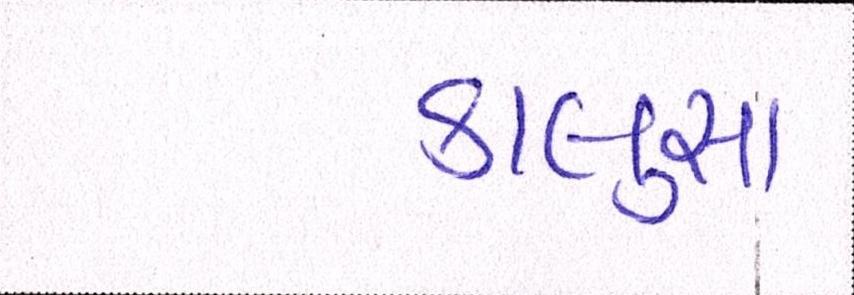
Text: કાલુસા